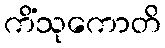
ကိံသုကောတိ